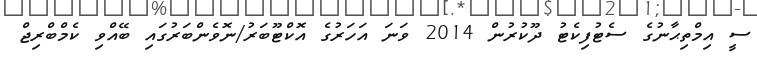
ސީ އިމްތިޙާނުގެ ސެޓުފިކެޓު ދޫކުރުން 2014 ވަނަ އަހަރުގެ އޮކްޓޫބަރު/ނޮވެންބަރުގައި ބޭއްވި ކެމްބްރިޖް